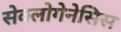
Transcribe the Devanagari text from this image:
सेक्लोगेनेसिस